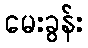
မေးခွန်း